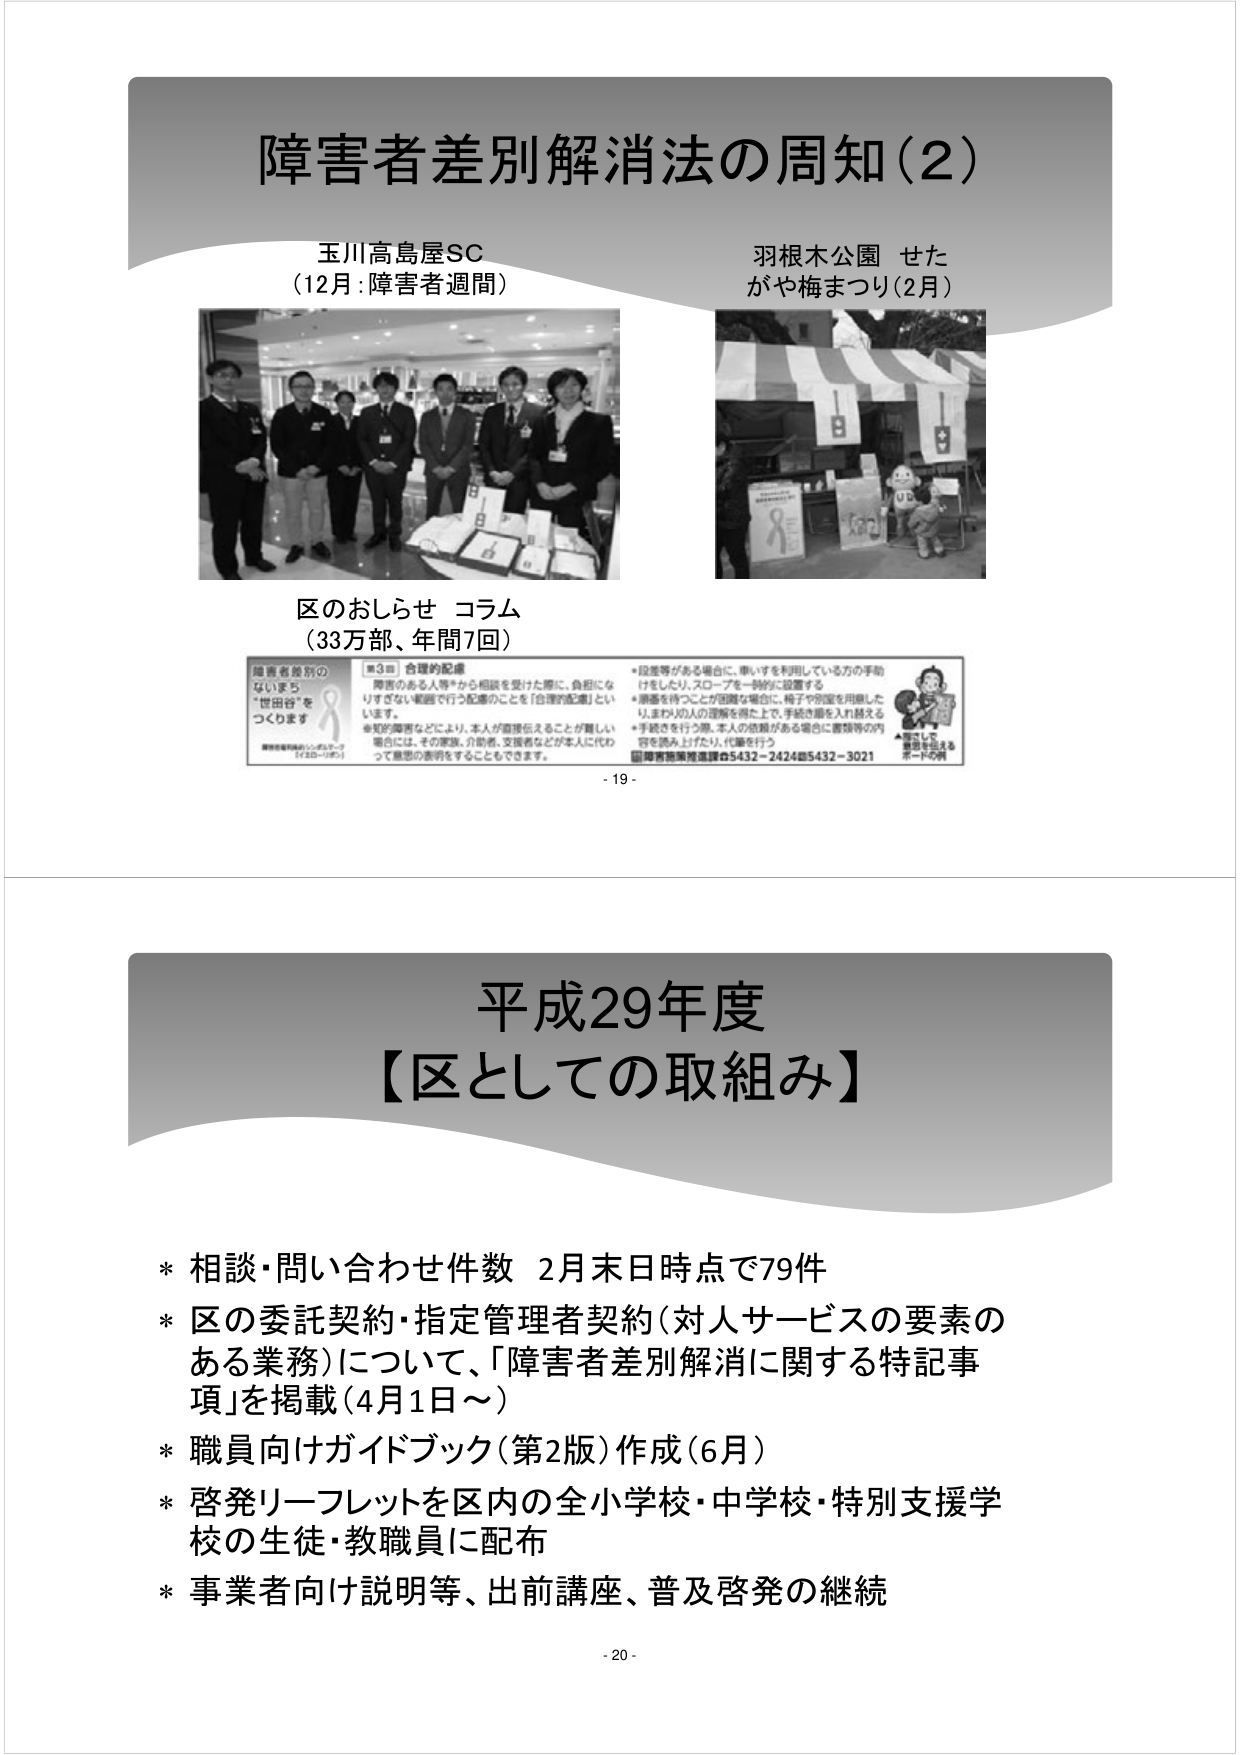
障害者差別解消法の周知（2）

玉川高島屋SC
（12月：障害者週間）

羽根木公園 せた
がや梅まつり（2月）

区のおしらせ コラム
（33万部、年間7回）

障害者差別の
ないまち
“世田谷”を
つくります

■3■ 合理的配慮
障害のある人等*から相談を受けた際に、負担にな
りすぎない範囲で行う配慮のことを「合理的配慮」とい
います。
※知的障害などにより、本人が直接伝えることが難しい
場合には、その家族、介助者、支援者などが本人に代わ
って意思の表明をすることもできます。

*段差等がある場合に、車いすを利用している方の手動
けをしたり、スロープを一時的に設置する
*順番を待つことが困難な場合に、椅子や別室を用意した
り、まわりの人の理解を得た上で、手続き順を入れ替える
*手続きを行う際、本人の依頼がある場合に書類等の内
容を読み上げたり、代筆を行う
障害者施策推進課☎5432－2424☎5432－3021
▲図はして
意思を伝える
ボードの例

- 19 -

平成29年度
【区としての取組み】

* 相談・問い合わせ件数 2月末日時点で79件
* 区の委託契約・指定管理者契約（対人サービスの要素の
ある業務）について、「障害者差別解消に関する特記事
項」を掲載（4月1日～）
* 職員向けガイドブック（第2版）作成（6月）
* 啓発リーフレットを区内の全小学校・中学校・特別支援学
校の生徒・教職員に配布
* 事業者向け説明等、出前講座、普及啓発の継続

- 20 -